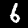
Digit: 6